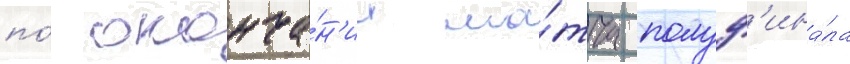
по́ оконча́н'ии ма́тча полуф'ина́ла